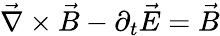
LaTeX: \vec{\nabla}\times\vec{B}-\partial_{t}\vec{E}=\vec{B}